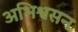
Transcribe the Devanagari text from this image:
अभिश्वसन